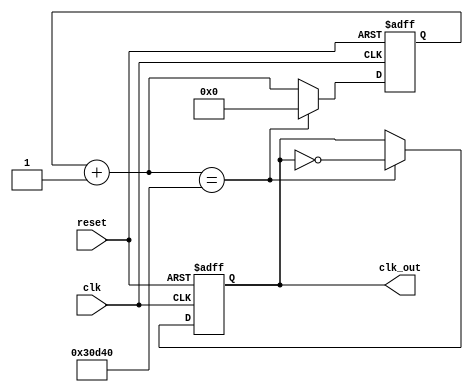
// clock divider from the 10 MHz input clock to a 1 Hz clock
module clk_div_V2(clk, reset, clk_out);

    input clk;
    input reset;
    output clk_out;

    reg [17:0] counter;
    wire [17:0] counterplus;
    reg clk_track;

    always @(posedge clk or negedge reset)
    begin
        
        if(~reset) begin
            counter = 0;
            clk_track <= 0;
        end
        else if(counterplus == 200000) begin
            counter = 0;
            clk_track <= ~clk_track;
        end
        else
            counter = counterplus; 
    end

    assign counterplus = counter + 1;
    assign clk_out = clk_track;

endmodule